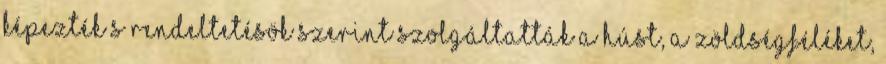
képezték s rendeltetésök szerint szolgáltatták a húst, a zöldségféléket,